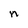
Character: n